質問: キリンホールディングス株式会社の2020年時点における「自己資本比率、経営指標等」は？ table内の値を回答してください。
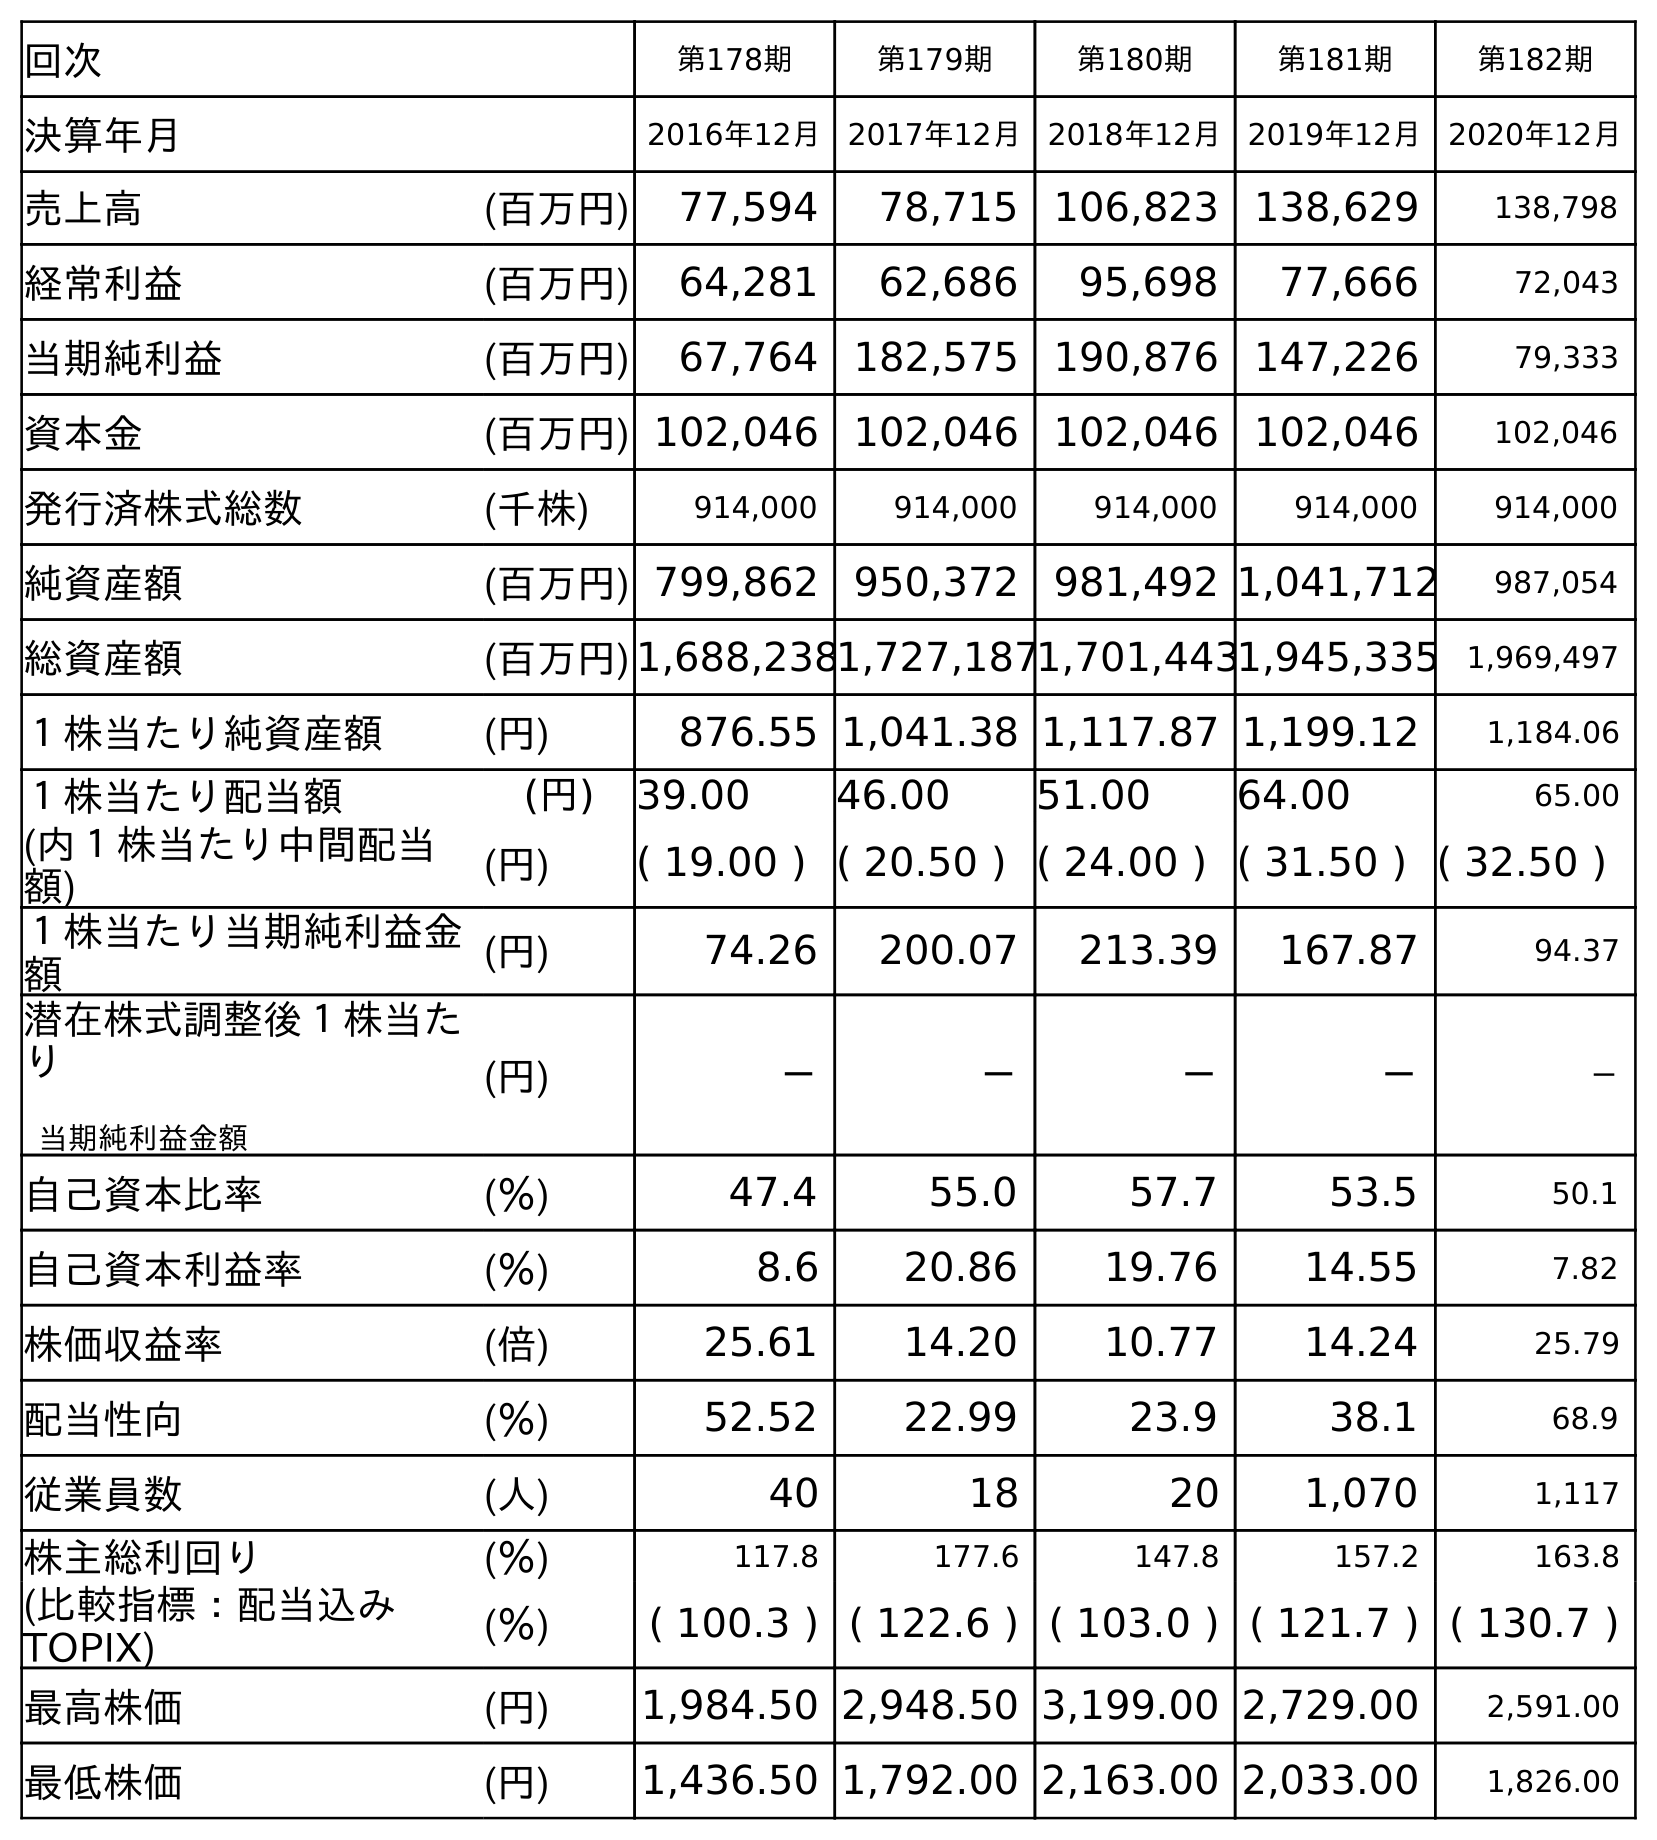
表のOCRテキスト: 回次 第178期 第179期 第180期 第181期 第182期 決算年月 2016年12月 2017年12月 2018年12月 2019年12月 2020年12月 売上高 (百万円) 77,594 78,715 106,823 138,629 138,798 経常利益 (百万円) 64,281 62,686 95,698 77,666 72,043 当期純利益 (百万円) 67,764 182,575 190,876 147,226 79,333 資本金 (百万円) 102,046 102,046 102,046 102,046 102,046 発行済株式総数 (千株) 914,000 914,000 914,000 914,000 914,000 純資産額 (百万円) 799,862 950,372 981,492 1,041,712 987,054 総資産額 (百万円)1,688,2381,727,1871,701,4431,945,335 1,969,497 １株当たり純資産額 (円) 876.55 1,041.38 1,117.87 1,199.12 1,184.06 １株当たり配当額 (円) 39.00 46.00 51.00 64.00 65.00 (内１株当たり中間配当 額) (円) ( 19.00 ) ( 20.50 ) ( 24.00 ) ( 31.50 ) ( 32.50 ) １株当たり当期純利益金 額 (円) 74.26 200.07 213.39 167.87 94.37 潜在株式調整後１株当た り 当期純利益金額 (円) － － － － － 自己資本比率 (％) 47.4 55.0 57.7 53.5 50.1 自己資本利益率 (％) 8.6 20.86 19.76 14.55 7.82 株価収益率 (倍) 25.61 14.20 10.77 14.24 25.79 配当性向 (％) 52.52 22.99 23.9 38.1 68.9 従業員数 (人) 40 18 20 1,070 1,117 株主総利回り (％) 117.8 177.6 147.8 157.2 163.8 (比較指標：配当込み TOPIX) (％) ( 100.3 ) ( 122.6 ) ( 103.0 ) ( 121.7 ) ( 130.7 ) 最高株価 (円) 1,984.50 2,948.50 3,199.00 2,729.00 2,591.00 最低株価 (円) 1,436.50 1,792.00 2,163.00 2,033.00 1,826.00
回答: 50.1